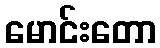
မောင်းတော